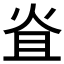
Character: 𤇙